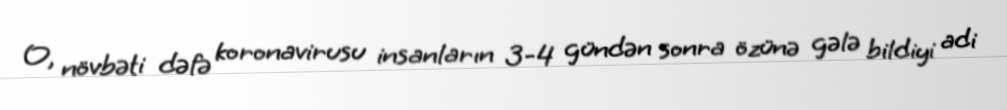
O, növbəti dəfə koronavirusu insanların 3-4 gündən sonra özünə gələ bildiyi adi